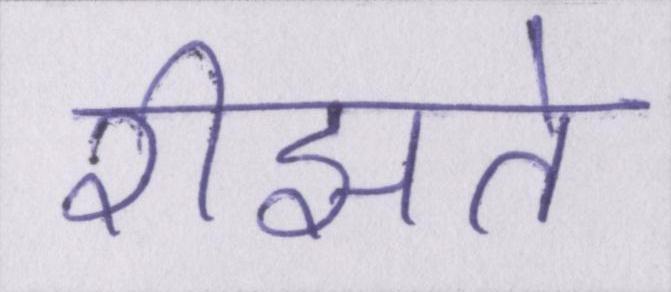
रीझते